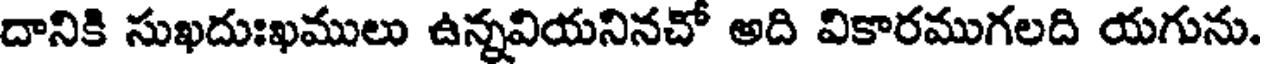
దానికి సుఖదుఃఖములు ఉన్నవియనినచో అది వికారముగలది యగును.